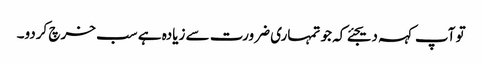
تو آپ کہہ دیجئے کہ جو تمہاری ضرورت سے زیادہ ہے سب خرچ کردو۔